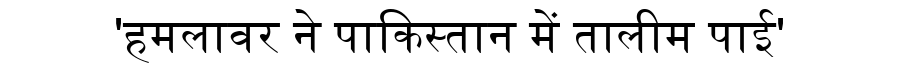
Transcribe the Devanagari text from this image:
'हमलावर ने पाकिस्तान में तालीम पाई'